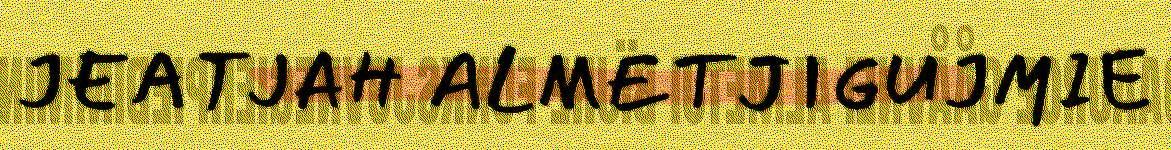
JEATJAH ALMETJIGUJMIE